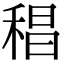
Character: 䅛